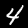
Digit: 4